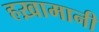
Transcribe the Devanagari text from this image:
हख़ामानी